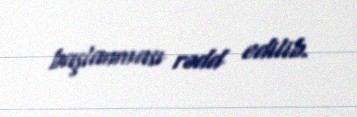
başlanması rədd edilib.